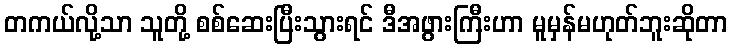
တကယ်လို့သာ သူတို့ စစ်ဆေးပြီးသွားရင် ဒီအဖွားကြီးဟာ မူမှန်မဟုတ်ဘူးဆိုတာ